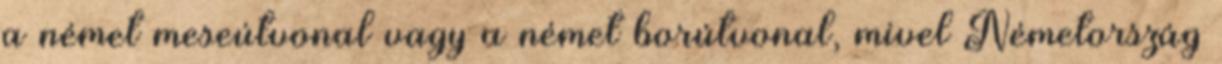
a német meseútvonal vagy a német borútvonal, mivel Németország